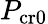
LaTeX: P_{\mathrm{cr0}}